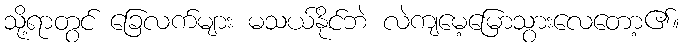
သို့ရာတွင် ခြေလက်များ မသယ်နိုင်ဘဲ လဲကျမေ့မြောသွားလေတော့၏။